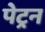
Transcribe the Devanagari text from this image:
पेट्रन